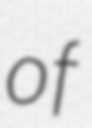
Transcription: of